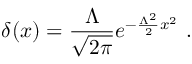
\delta ( x ) = \frac { \Lambda } { \sqrt { 2 \pi } } e ^ { - \frac { \Lambda ^ { 2 } } { 2 } x ^ { 2 } } \ .